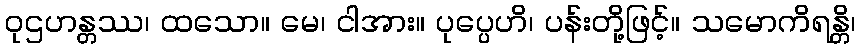
ဝုဌဟန္တဿ၊ ထသော။ မေ၊ ငါအား။ ပုပ္ပေဟိ၊ ပန်းတို့ဖြင့်။ သမောကိရန္တိ၊